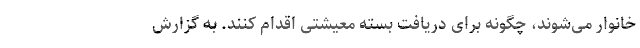
خانوار می‌شوند، چگونه برای دریافت بسته معیشتی اقدام کنند. به گزارش